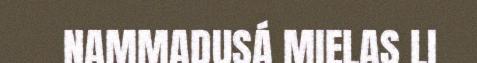
NAMMADUSÁ MIELAS LI